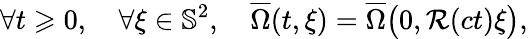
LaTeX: \forall t\geqslant 0,\quad\forall\xi\in\mathbb{S}^{2},\quad\overline{{\Omega}}(t,\xi)=\overline{{\Omega}}\big(0,\mathcal{R}(ct)\xi\big),